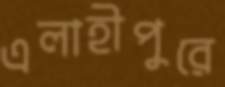
এলাহীপুরে